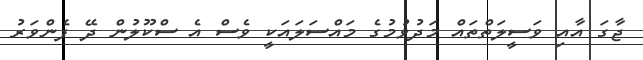
ޖާގަ އާއި ވަސީލަތްތައް މަދުވުމުގެ މައްސަލައަކީ ވެސް އެ ސްކޫލުން ދޭ ފެންވަރު